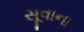
સૂવાના